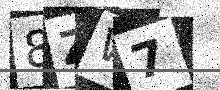
Text: 8ZW7